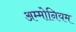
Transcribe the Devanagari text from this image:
अम्मोनियम